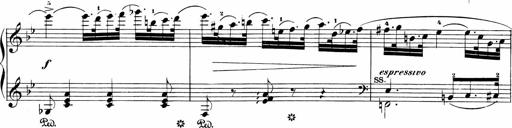
Title: Sonatinen Op.47, 98 und 136, nebst 6 Liedersonatinen
Composer: Carl Reinecke